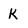
Character: K